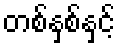
တစ်နှစ်နှင့်